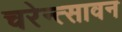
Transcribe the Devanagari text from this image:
चरेन्त्सावन